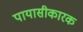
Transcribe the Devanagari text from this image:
पायासीकारक